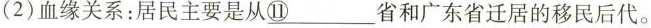
( 2 )血缘关系：居民主要是从 \underline{ ⑪ } 省和广东省迁居的移民后代。